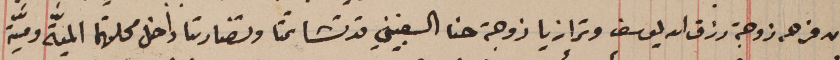
ان فرحه زوجة رزق الله يوسف وترازيا زوجة حنا السغبيني قد تشاتمتا وتضاربتا داخل محلتهما الميَّة وميّة